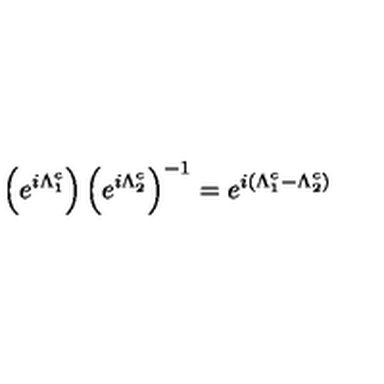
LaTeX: \left( e ^ { i \Lambda _ { 1 } ^ { c } } \right) \left( e ^ { i \Lambda _ { 2 } ^ { c } } \right) ^ { - 1 } = e ^ { i ( \Lambda _ { 1 } ^ { c } - \Lambda _ { 2 } ^ { c } ) }